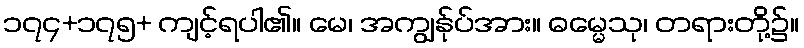
၁၇၄+၁၇၅+ ကျင့်ရပါ၏။ မေ၊ အကျွန်ုပ်အား။ ဓမ္မေသု၊ တရားတို့၌။